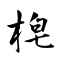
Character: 梍